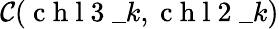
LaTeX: \mathcal{C}(\mathrm{~c~h~l~3~}\_ {k},\mathrm{~c~h~l~2~}\_ {k})